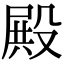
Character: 殿